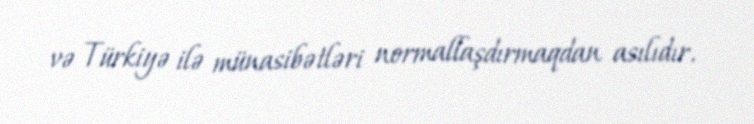
və Türkiyə ilə münasibətləri normallaşdırmaqdan asılıdır.